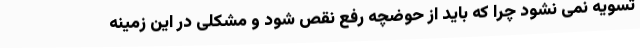
تسویه نمی نشود چرا که باید از حوضچه رفع نقص شود و مشکلی در این زمینه